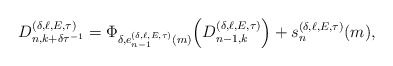
\begin{align*}D^{(\delta,\ell,E,\tau)}_{n,k+\delta\tau^{-1}}= \Phi_{\delta,e^{(\delta,\ell,E,\tau)}_{n-1}(m)}\Big(D^{(\delta,\ell,E,\tau)}_{n-1,k}\Big)+s^{(\delta,\ell,E,\tau)}_{n}(m), \end{align*}